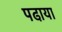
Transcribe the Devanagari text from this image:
पढा़या